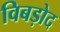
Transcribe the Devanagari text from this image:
विबड़ोद